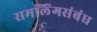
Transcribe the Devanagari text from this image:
समलिंगसंबंध